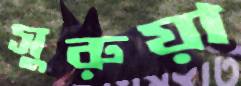
সুরুয়া